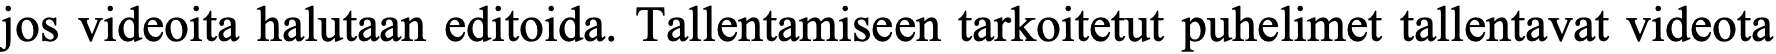
jos videoita halutaan editoida. Tallentamiseen tarkoitetut puhelimet tallentavat videota